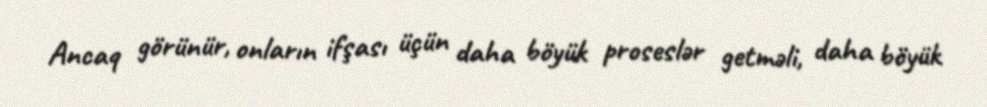
Ancaq görünür, onların ifşası üçün daha böyük proseslər getməli, daha böyük